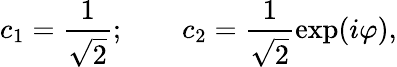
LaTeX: c_{1}=\frac{1}{\sqrt{2}};\qquad c_{2}=\frac{1}{\sqrt{2}}\exp(i\varphi),